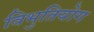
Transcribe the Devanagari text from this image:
विभुतियोग